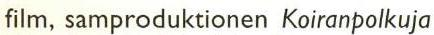
film, samproduktionen Koiranpolkuja